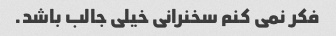
فکر نمی کنم سخنرانی خیلی جالب باشد.